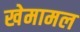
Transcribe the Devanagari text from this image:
खेमामल